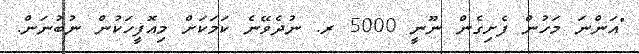
"އަންނަ މަހުން ފެށިގެން ނޫނީ 5000 ރ. ނުދެވޭނެ ކަމަކަށް މިއޮފީހަކުން ނުބުނަން.